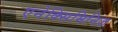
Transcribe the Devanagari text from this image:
एनेक्सिमिनिज़